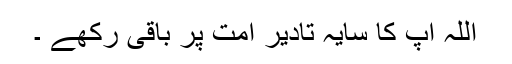
اللہ آپ کا سایہ تادیر امت پر باقی رکھے ۔